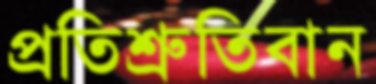
প্রতিশ্রুতিবান